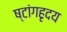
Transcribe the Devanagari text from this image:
ष्टांगहृदय